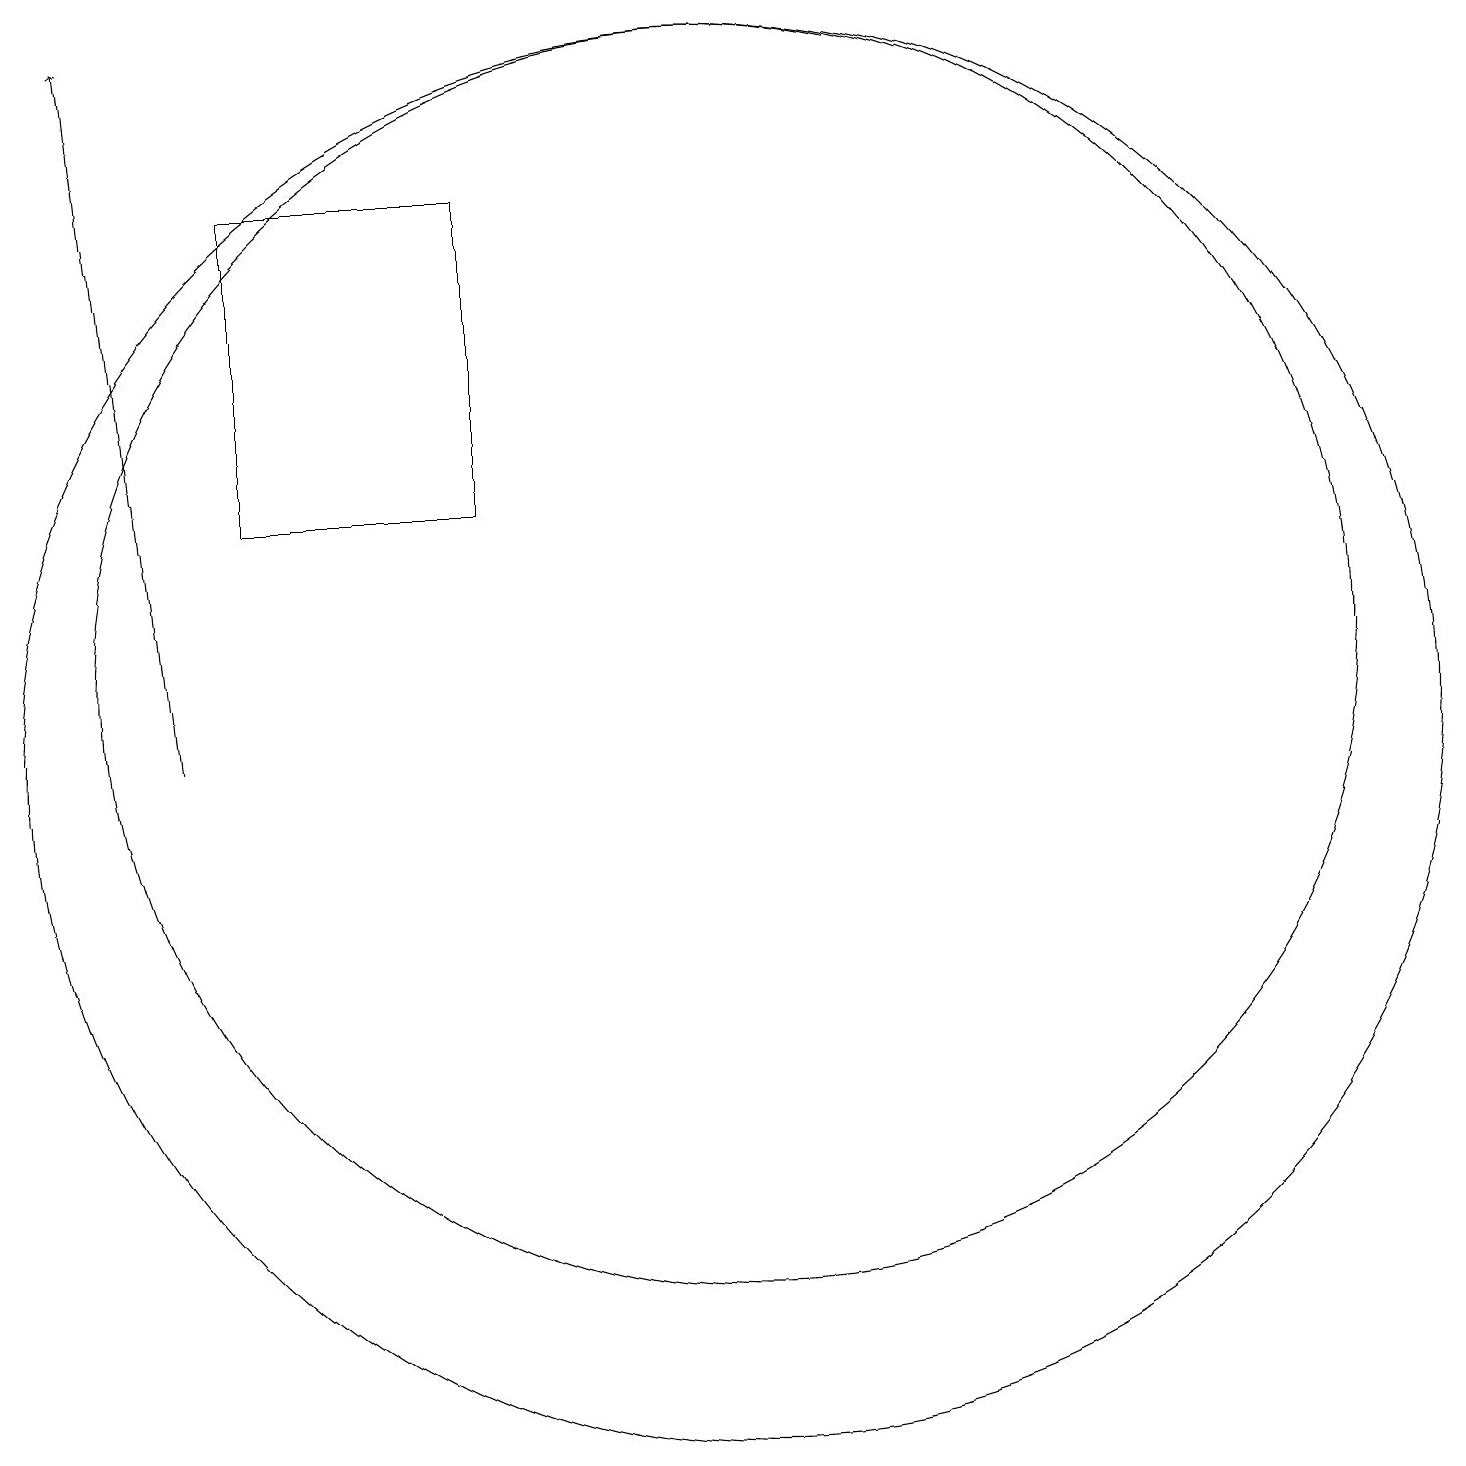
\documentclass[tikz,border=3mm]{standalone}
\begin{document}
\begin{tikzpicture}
\draw (11,11) circle (8);
\draw (5,17) rectangle (8,13);
\draw (11,10) circle (9);
\draw[->] (4,10) -- (3,19);
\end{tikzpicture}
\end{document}